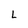
Character: L